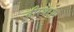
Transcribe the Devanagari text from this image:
तीरथराम